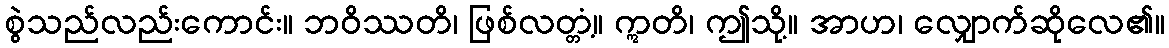
စွဲသည်လည်းကောင်း။ ဘဝိဿတိ၊ ဖြစ်လတ္တံ့။ ဣတိ၊ ဤသို့။ အာဟ၊ လျှောက်ဆိုလေ၏။